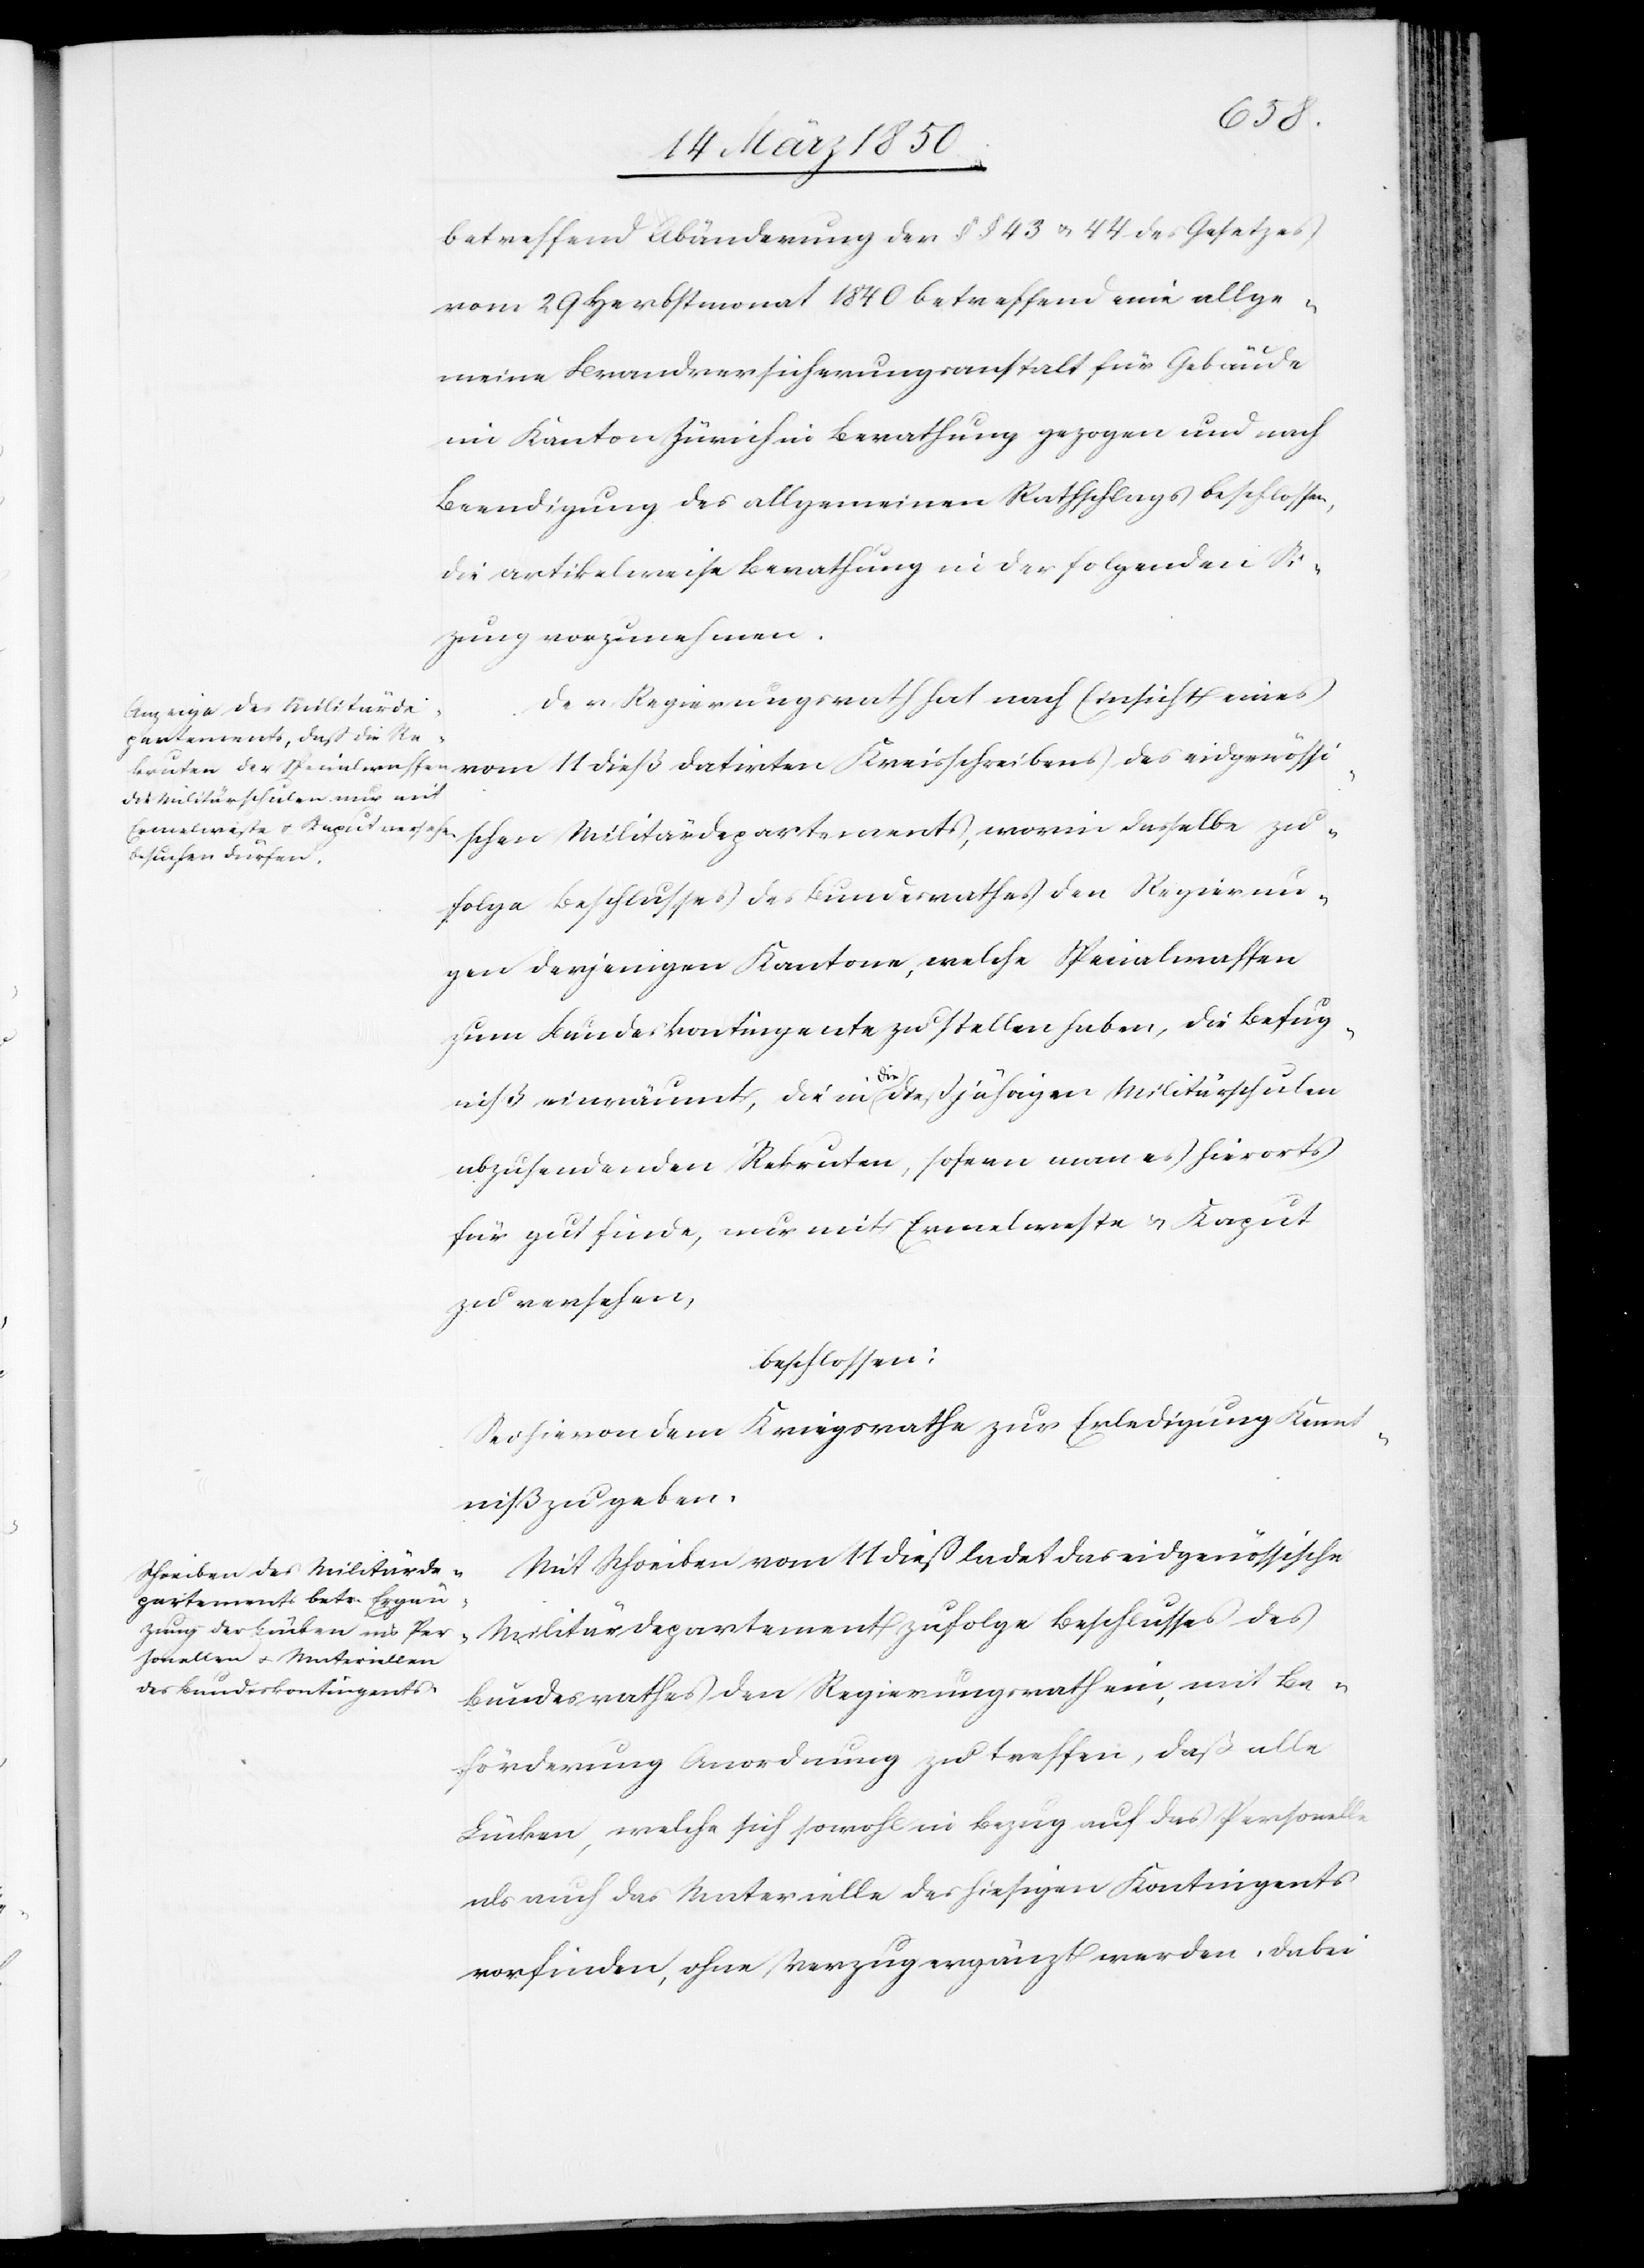
betreffend Abänderung der §§ 43 u. 44 des Gesetzes
vom 29 Herbstmonat 1840 betreffend eine allge¬
meine Brandversicherungsanstalt für Gebäude
im Kanton Zürich in Berathung gezogen und nach
Beendigung des allgemeinen Rathschlags beschlossen,
die artikelweise Berathung in der folgenden Si¬
zung vorzunehmen.
Der Regierungsrath hat nach Einsicht eines
chreibens des eidgenössischen Militärdepartements, worin dasselbe zu¬
folge Beschlusses des Bundesrathes den Regierun¬
gen derjenigen Kantone, welche Specialwaffen
zum Bundeskontingente zu stellen haben, die Befug¬
Kreiss¬
niß einräumt, die in die dießjährigen Militärschulen
abzusendenden Rekruten, sofern man es hierorts
für gut finde, nur mit Ermelweste u. Kaput
zu versehen,
beschlossen:
Sei hievon dem Kriegsrathe zur Erledigung Kennt¬
niß zu geben.
Mit Schreiben vom 11 dieß ladet das eidgenössische
Militärdepartement zufolge Beschlusses des
Bundesrathes den Regierungsrath ein, mit Be¬
förderung Anordnung zu treffen, daß alle
Lücken, welche sich sowohl in Bezug auf das Personelle
als auch das Materielle des hiesigen Kontingents
vorfinden, ohne Verzug ergänzt werden. Dabei